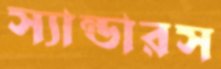
স্যান্ডারস